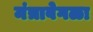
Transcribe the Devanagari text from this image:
मंत्रावेगळा